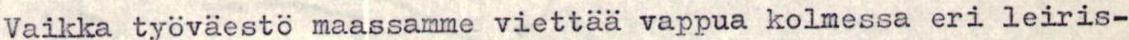
Vaikka työväestö maassamme viettää vappua kolmessa eri leiris-